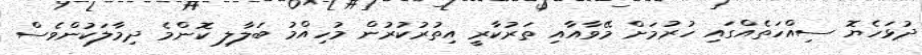
ދުޅަހެޔޮ ސިއްހަތެއްގައި ހުރުމަށް މޭވާއާއި ތަރުކާރީ އިތުރުކުރުން މުހިއްމު ބަލާލި ކޮންމެ ދިމާލަކުންވެސް